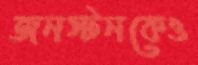
জনস্টনকেও